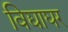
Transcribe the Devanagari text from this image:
विद्याघर